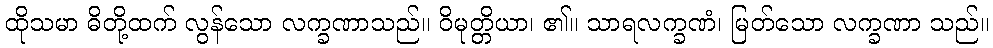
ထိုသမာ ဓိတို့ထက် လွန်သော လက္ခဏာသည်။ ဝိမုတ္တိယာ၊ ၏။ သာရလက္ခဏံ၊ မြတ်သော လက္ခဏာ သည်။